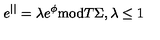
e ^ { | | } = \lambda e ^ { \phi } \mathrm { m o d } T \Sigma , \lambda \leq 1